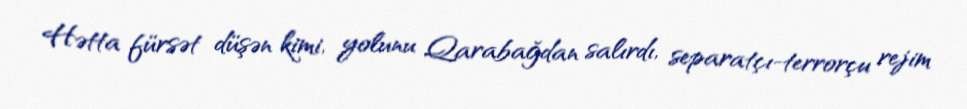
Hətta fürsət düşən kimi, yolunu Qarabağdan salırdı, separatçı-terrorçu rejim